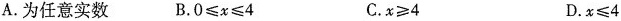
A.为任意实数 B.$$0 ≤ x ≤ 4$$ C.$$x ≥ 4$$ D.$$x ≤ 4$$